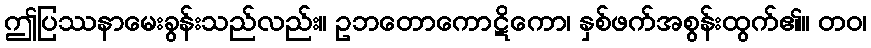
ဤပြဿနာမေးခွန်းသည်လည်း။ ဥဘတောကောဋိကော၊ နှစ်ဖက်အစွန်းထွက်၏။ တဝ၊